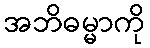
အဘိဓမ္မာကို